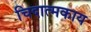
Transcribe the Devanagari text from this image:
चिदात्मकाय